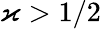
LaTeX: \varkappa>1/2